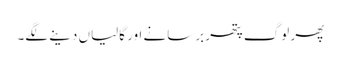
پھر لوگ پتھر برسانے اور گالیاں دینے لگے۔